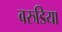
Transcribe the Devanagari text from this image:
बरुडिया